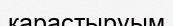
қарастыруым